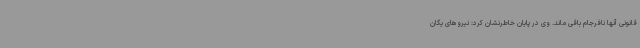
قانونی آنها نافرجام باقی ماند. وی در پایان خاطرنشان کرد: نیروهای یگان